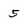
Character: 5